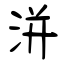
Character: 洴